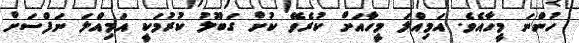
ހުންނަ މީހާއެވެ. އަމިއްލަ މީހާއަށް ކުރެވޭ ކުށް ގަބޫލު ކުރުމަކީ އަމިއްލަ ނަފްސަށް